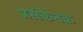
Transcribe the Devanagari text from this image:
प्रसंकेतक